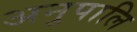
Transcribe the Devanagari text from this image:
अनुपालि